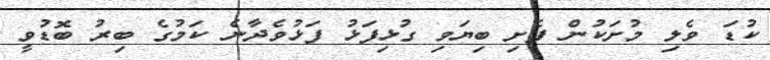
ކުޑަ ވެލި މުށަކުން ފެށި ބިޔަވި ގުޅިފަޅު ފަޅުވެދާނެ ކަމުގެ ބިރު ބޮޑުވީ